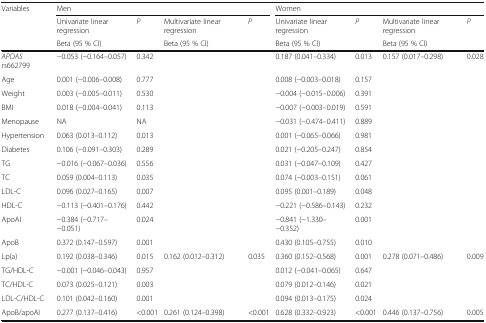
<table><thead><tr><td><b>Variables</b></td><td colspan="4"><b>Men</b></td><td colspan="4"><b>Women</b></td></tr><tr><td></td><td><b>Univariate linear regression</b></td><td><b><i>P</i></b></td><td><b>Multivariate linear regression</b></td><td><b><i>P</i></b></td><td><b>Univariate linear regression</b></td><td><b><i>P</i></b></td><td><b>Multivariate linear regression</b></td><td><b><i>P</i></b></td></tr><tr><td></td><td><b>Beta (95 % CI)</b></td><td></td><td><b>Beta (95 % CI)</b></td><td></td><td><b>Beta (95 % CI)</b></td><td></td><td><b>Beta (95 % CI)</b></td><td></td></tr></thead><tbody><tr><td><i>APOA5</i> rs662799</td><td>−0.053 (−0.164–0.057)</td><td>0.342</td><td></td><td></td><td>0.187 (0.041–0.334)</td><td>0.013</td><td>0.157 (0.017–0.298)</td><td>0.028</td></tr><tr><td>Age</td><td>0.001 (−0.006–0.008)</td><td>0.777</td><td></td><td></td><td>0.008 (−0.003–0.018)</td><td>0.157</td><td></td><td></td></tr><tr><td>Weight</td><td>0.003 (−0.005–0.011)</td><td>0.530</td><td></td><td></td><td>−0.004 (−0.015–0.006)</td><td>0.391</td><td></td><td></td></tr><tr><td>BMI</td><td>0.018 (−0.004–0.041)</td><td>0.113</td><td></td><td></td><td>−0.007 (−0.003–0.019)</td><td>0.591</td><td></td><td></td></tr><tr><td>Menopause</td><td>NA</td><td>NA</td><td></td><td></td><td>−0.031 (−0.474–0.411)</td><td>0.889</td><td></td><td></td></tr><tr><td>Hypertension</td><td>0.063 (0.013–0.112)</td><td>0.013</td><td></td><td></td><td>0.001 (−0.065–0.066)</td><td>0.981</td><td></td><td></td></tr><tr><td>Diabetes</td><td>0.106 (−0.091–0.303)</td><td>0.289</td><td></td><td></td><td>0.021 (−0.205–0.247)</td><td>0.854</td><td></td><td></td></tr><tr><td>TG</td><td>−0.016 (−0.067–0.036)</td><td>0.556</td><td></td><td></td><td>0.031 (−0.047–0.109)</td><td>0.427</td><td></td><td></td></tr><tr><td>TC</td><td>0.059 (0.004–0.113)</td><td>0.035</td><td></td><td></td><td>0.074 (−0.003–0.151)</td><td>0.061</td><td></td><td></td></tr><tr><td>LDL-C</td><td>0.096 (0.027–0.165)</td><td>0.007</td><td></td><td></td><td>0.095 (0.001–0.189)</td><td>0.048</td><td></td><td></td></tr><tr><td>HDL-C</td><td>−0.113 (−0.401–0.176)</td><td>0.442</td><td></td><td></td><td>−0.221 (−0.586–0.143)</td><td>0.232</td><td></td><td></td></tr><tr><td>ApoAI</td><td>−0.384 (−0.717– −0.051)</td><td>0.024</td><td></td><td></td><td>−0.841 (−1.330– −0.352)</td><td>0.001</td><td></td><td></td></tr><tr><td>ApoB</td><td>0.372 (0.147–0.597)</td><td>0.001</td><td></td><td></td><td>0.430 (0.105–0.755)</td><td>0.010</td><td></td><td></td></tr><tr><td>Lp(a)</td><td>0.192 (0.038–0.346)</td><td>0.015</td><td>0.162 (0.012–0.312)</td><td>0.035</td><td>0.360 (0.152–0.568)</td><td>0.001</td><td>0.278 (0.071–0.486)</td><td>0.009</td></tr><tr><td>TG/HDL-C</td><td>−0.001 (−0.046–0.043)</td><td>0.957</td><td></td><td></td><td>0.012 (−0.041–0.065)</td><td>0.647</td><td></td><td></td></tr><tr><td>TC/HDL-C</td><td>0.073 (0.025–0.121)</td><td>0.003</td><td></td><td></td><td>0.079 (0.012–0.146)</td><td>0.021</td><td></td><td></td></tr><tr><td>LDL-C/HDL-C</td><td>0.101 (0.042–0.160)</td><td>0.001</td><td></td><td></td><td>0.094 (0.013–0.175)</td><td>0.024</td><td></td><td></td></tr><tr><td>ApoB/apoAI</td><td>0.277 (0.137–0.416)</td><td>&lt;0.001</td><td>0.261 (0.124–0.398)</td><td>&lt;0.001</td><td>0.628 (0.332–0.923)</td><td>&lt;0.001</td><td>0.446 (0.137–0.756)</td><td>0.005</td></tr></tbody></table>